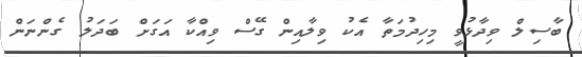
ބާސިލް ވިދާޅުވީ މިހިދުމަތާ އެކު ވިލާއިން ގޭސް ވިއްކާ އަގަަށް ބަދަލު ގެންނަން